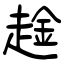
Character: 趛